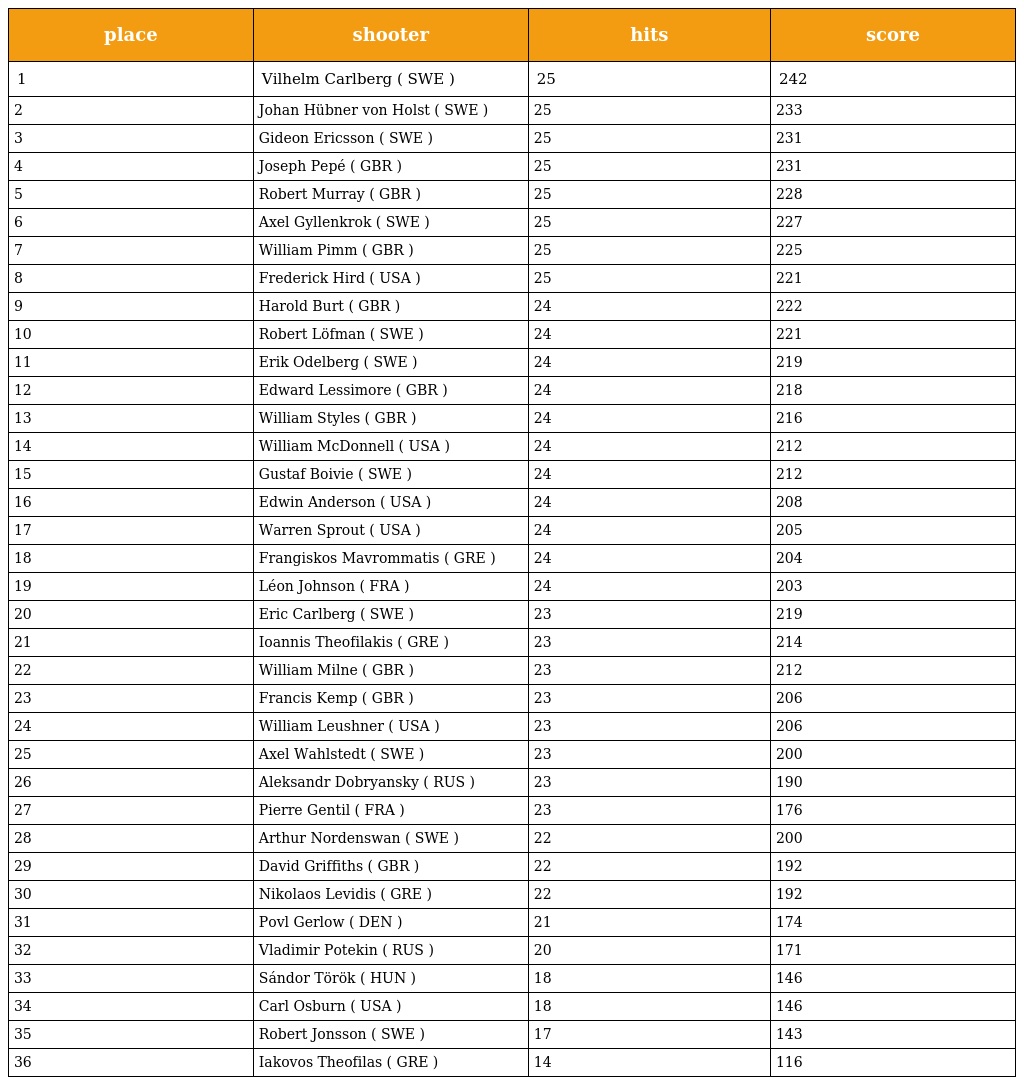
| place | shooter | hits | score |
 | --- | --- | --- | --- |
 | 1 | Vilhelm Carlberg ( SWE ) | 25 | 242 |
 | 2 | Johan Hübner von Holst ( SWE ) | 25 | 233 |
 | 3 | Gideon Ericsson ( SWE ) | 25 | 231 |
 | 4 | Joseph Pepé ( GBR ) | 25 | 231 |
 | 5 | Robert Murray ( GBR ) | 25 | 228 |
 | 6 | Axel Gyllenkrok ( SWE ) | 25 | 227 |
 | 7 | William Pimm ( GBR ) | 25 | 225 |
 | 8 | Frederick Hird ( USA ) | 25 | 221 |
 | 9 | Harold Burt ( GBR ) | 24 | 222 |
 | 10 | Robert Löfman ( SWE ) | 24 | 221 |
 | 11 | Erik Odelberg ( SWE ) | 24 | 219 |
 | 12 | Edward Lessimore ( GBR ) | 24 | 218 |
 | 13 | William Styles ( GBR ) | 24 | 216 |
 | 14 | William McDonnell ( USA ) | 24 | 212 |
 | 15 | Gustaf Boivie ( SWE ) | 24 | 212 |
 | 16 | Edwin Anderson ( USA ) | 24 | 208 |
 | 17 | Warren Sprout ( USA ) | 24 | 205 |
 | 18 | Frangiskos Mavrommatis ( GRE ) | 24 | 204 |
 | 19 | Léon Johnson ( FRA ) | 24 | 203 |
 | 20 | Eric Carlberg ( SWE ) | 23 | 219 |
 | 21 | Ioannis Theofilakis ( GRE ) | 23 | 214 |
 | 22 | William Milne ( GBR ) | 23 | 212 |
 | 23 | Francis Kemp ( GBR ) | 23 | 206 |
 | 24 | William Leushner ( USA ) | 23 | 206 |
 | 25 | Axel Wahlstedt ( SWE ) | 23 | 200 |
 | 26 | Aleksandr Dobryansky ( RUS ) | 23 | 190 |
 | 27 | Pierre Gentil ( FRA ) | 23 | 176 |
 | 28 | Arthur Nordenswan ( SWE ) | 22 | 200 |
 | 29 | David Griffiths ( GBR ) | 22 | 192 |
 | 30 | Nikolaos Levidis ( GRE ) | 22 | 192 |
 | 31 | Povl Gerlow ( DEN ) | 21 | 174 |
 | 32 | Vladimir Potekin ( RUS ) | 20 | 171 |
 | 33 | Sándor Török ( HUN ) | 18 | 146 |
 | 34 | Carl Osburn ( USA ) | 18 | 146 |
 | 35 | Robert Jonsson ( SWE ) | 17 | 143 |
 | 36 | Iakovos Theofilas ( GRE ) | 14 | 116 |